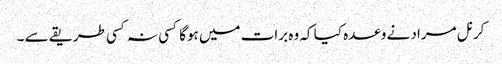
کرنل مراد نے وعدہ کیا کہ وہ برات میں ہوگا کسی نہ کسی طریقے سے ۔